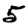
Digit: 5